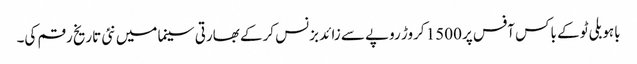
باہو بلی ٹو کے باکس آفس پر 1500 کروڑ روپے سے زائد بزنس کرکے بھارتی سینما میں نئی تاریخ رقم کی۔